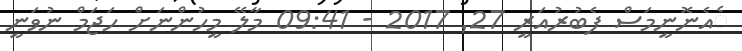
ެއެނޮނީމަސް ފެބުރުއަރީ 27